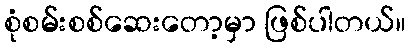
စုံစမ်းစစ်ဆေးတော့မှာ ဖြစ်ပါတယ်။